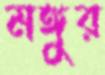
মঙ্গুর